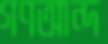
গণআন্দ